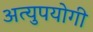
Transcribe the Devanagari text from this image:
अत्युपयोगी